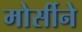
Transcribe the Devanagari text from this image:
मोर्सीने